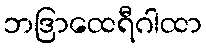
ဘဒြာထေရီဂါထာ